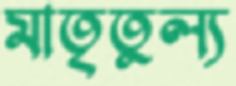
মাতৃতুল্য